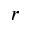
r